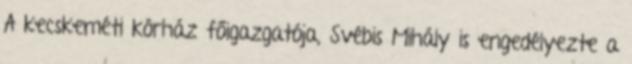
A kecskeméti kórház főigazgatója, Svébis Mihály is engedélyezte a